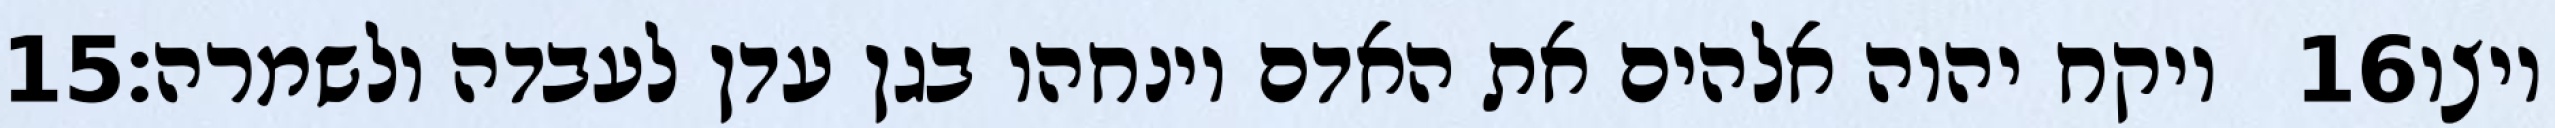
‎15‏ ויקח יהוה אלהים את האדם וינחהו בגן עדן לעבדה ולשמרה׃ ‎16‏ ויצו